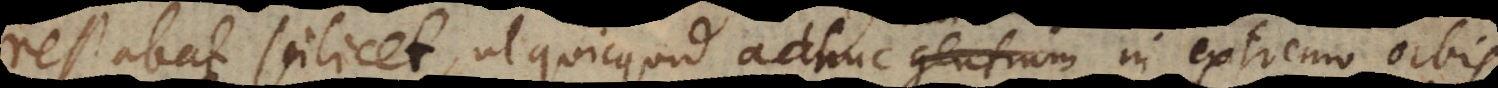
restabat scilicet ut quicquid adhuc gentium in extremo orbis